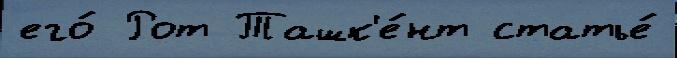
его́ Рот Ташк'е́нт статье́